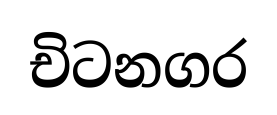
චිටනගර